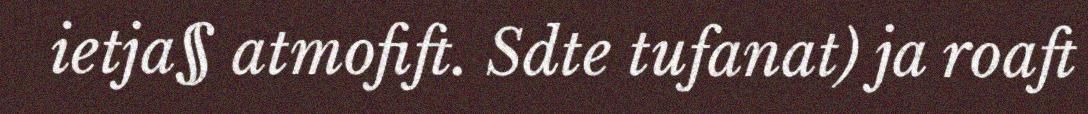
ietja§ atmofift. Sdte tufanat) ja roaft